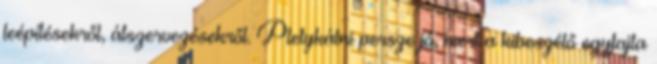
leépítésekről, átszervezésekről. Pletykálni persze jó, mert a kibeszélő egyfajta